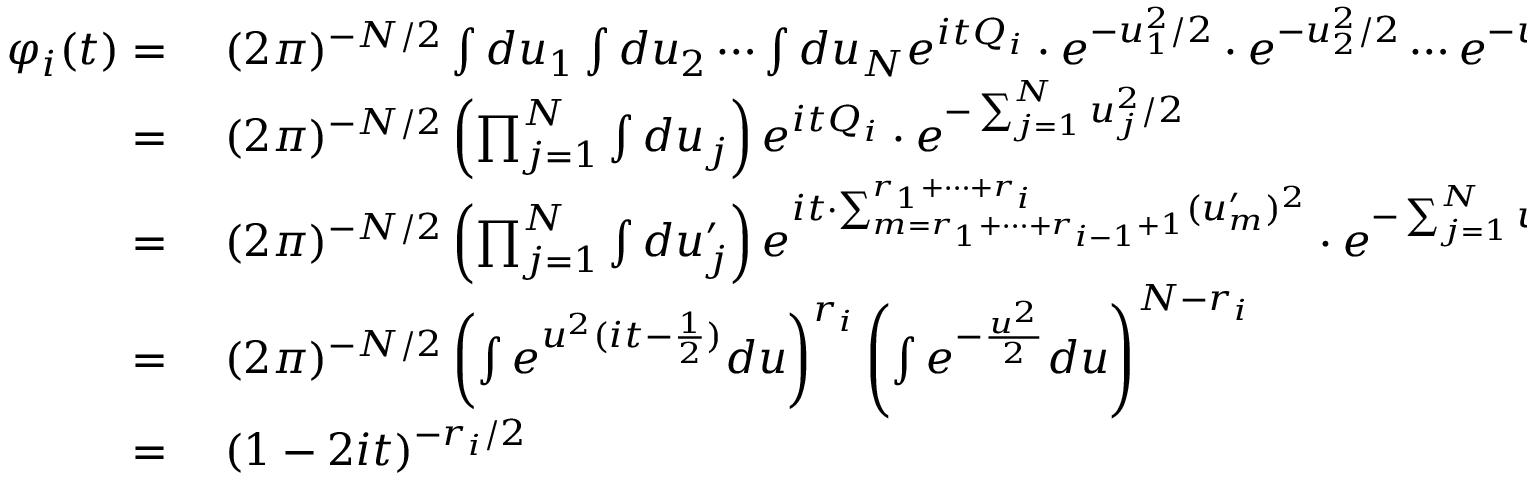
\begin{array} { r l } { \varphi _ { i } ( t ) = { } } & { { } ( 2 \pi ) ^ { - N / 2 } \int d u _ { 1 } \int d u _ { 2 } \cdots \int d u _ { N } e ^ { i t Q _ { i } } \cdot e ^ { - u _ { 1 } ^ { 2 } / 2 } \cdot e ^ { - u _ { 2 } ^ { 2 } / 2 } \cdots e ^ { - u _ { N } ^ { 2 } / 2 } } \\ { = { } } & { { } ( 2 \pi ) ^ { - N / 2 } \left( \prod _ { j = 1 } ^ { N } \int d u _ { j } \right) e ^ { i t Q _ { i } } \cdot e ^ { - \sum _ { j = 1 } ^ { N } u _ { j } ^ { 2 } / 2 } } \\ { = { } } & { { } ( 2 \pi ) ^ { - N / 2 } \left( \prod _ { j = 1 } ^ { N } \int d u _ { j } ^ { \prime } \right) e ^ { i t \cdot \sum _ { m = r _ { 1 } + \cdots + r _ { i - 1 } + 1 } ^ { r _ { 1 } + \cdots + r _ { i } } ( u _ { m } ^ { \prime } ) ^ { 2 } } \cdot e ^ { - \sum _ { j = 1 } ^ { N } { u _ { j } ^ { \prime } } ^ { 2 } / 2 } } \\ { = { } } & { { } ( 2 \pi ) ^ { - N / 2 } \left( \int e ^ { u ^ { 2 } ( i t - { \frac { 1 } { 2 } } ) } d u \right) ^ { r _ { i } } \left( \int e ^ { - { \frac { u ^ { 2 } } { 2 } } } d u \right) ^ { N - r _ { i } } } \\ { = { } } & { { } ( 1 - 2 i t ) ^ { - r _ { i } / 2 } } \end{array}